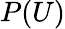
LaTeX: P(U)